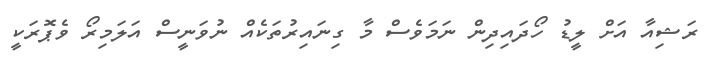
ރަޝިއާ އަށް ލީޑު ހޯދައިދިން ނަމަވެސް މާ ގިނައިރުތަކެއް ނުވަނީސް އަލަމިރޯ ވެޕޮރަކީ